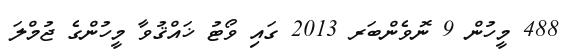
488 މީހުން 9 ނޮވެންބަރ 2013 ގައި ވޯޓު ޚައްޤުވާ މީހުންގެ ޖުމްލަ